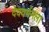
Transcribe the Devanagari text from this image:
देववर्मनला